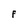
Character: F